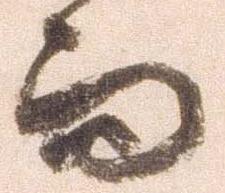
而